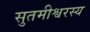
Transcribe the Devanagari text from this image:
सुतमीश्वरस्य